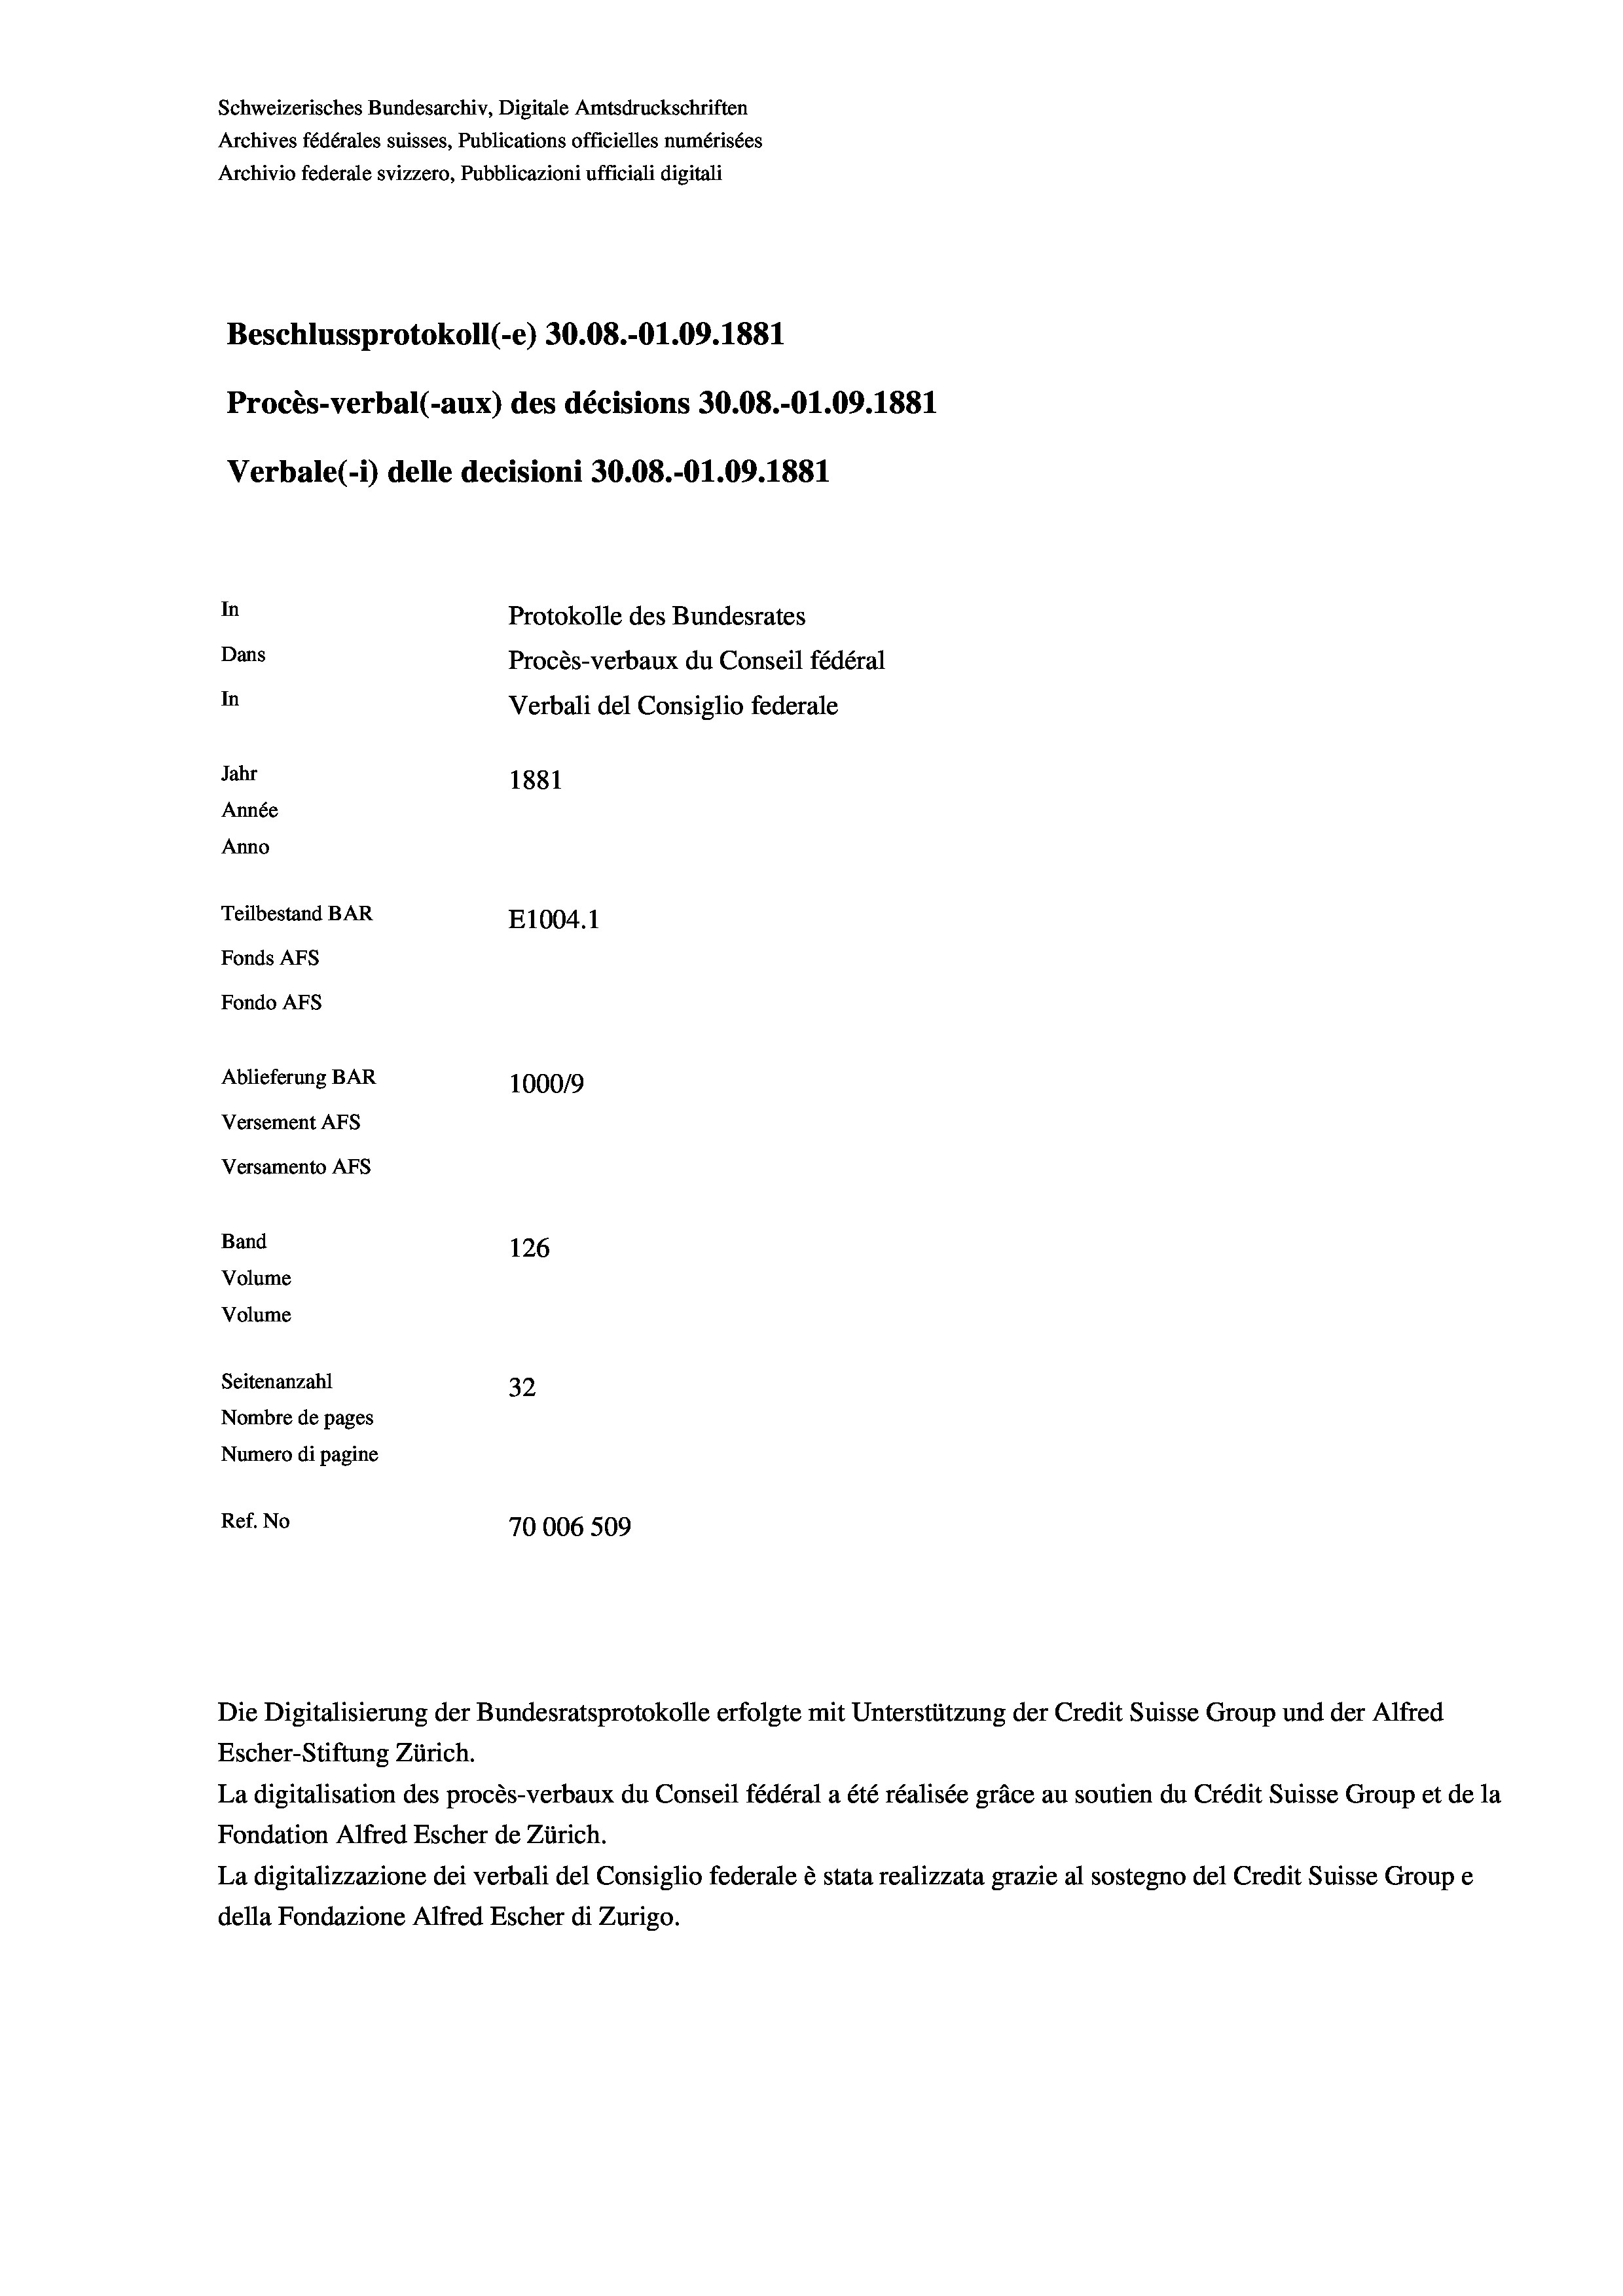
Schweizerisches Bundesarchiv, Digitale Amtsdruckschriften
Archives fédérales suisses, Publications officielles numérisées
Archivio federale svizzero, Pubblicazioni ufficiali digitali
Beschlussprotokoll (-e) 30.08.-01.09. 1881
Procès-verbal (-aux) des décisions 30.08.-O1.09. 1881
Verbale(-*) delle decisioni 30.08.-O1.09. 1881
In
Protokolle des Bundesrates
Dans
Procès-verbaux du Conseil fédéral
In
Verbali del Consiglio federale
Jahr
1881
Année
Anno
Teilbestand BAR
E1004.1
Fonds AFs
Fondo Afs
Ablieferung BAR
100019
Versement AFs
Versamento AFs
Band
126
Volume
Volume

Seitenanzahl
32
Nombre de pages
Numero di pagine
Ref. No
70006 509

Escher-Stiftung Zürich.
La digitalisation des procès-verbaux du Conseil fédéral a été réalisée gräce au soutien du Crédit Suisse Group et de la
Fondation Alfred Escher de Zürich.
La digitalizzazione dei verbali del Consiglio federale è stata realizzata grazie al sostegno del Credit Suisse Groupe
della Fondazione Alfred Escher di Zurigo.

Die Digitalisierung der Bundesratsprotokolle erfolgte mit Unterstützung der Credit Suisse Group und der Alfred